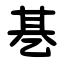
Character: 㐞